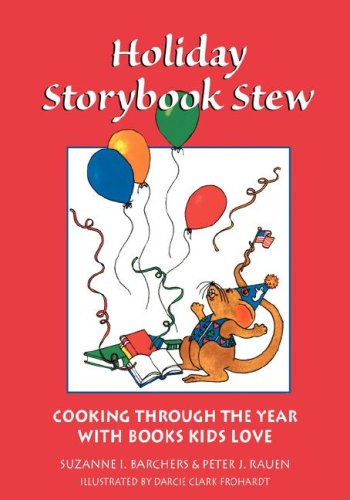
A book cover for Holiday Storybook Stew: Cooking through the Year with Books Kids Love; Peter J. Rauen; Teen & Young Adult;